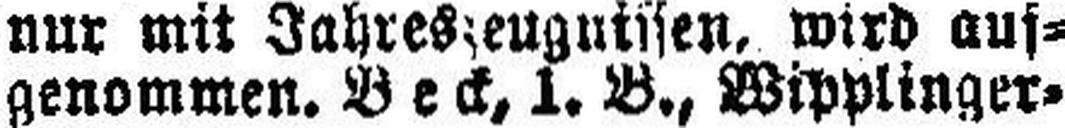
genommen. Beck, 1. B., Wipplinger¬